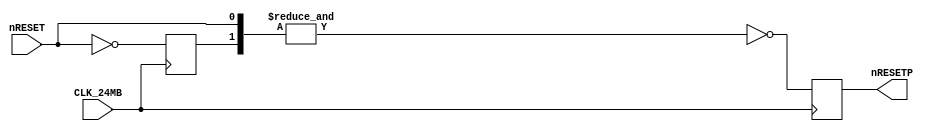
//============================================================================
//  SNK NeoGeo for MiSTer
//
//  Copyright (C) 2019 Sean 'Furrtek' Gonsalves
//
//  This program is free software; you can redistribute it and/or modify it
//  under the terms of the GNU General Public License as published by the Free
//  Software Foundation; either version 2 of the License, or (at your option)
//  any later version.
//
//  This program is distributed in the hope that it will be useful, but WITHOUT
//  ANY WARRANTY; without even the implied warranty of MERCHANTABILITY or
//  FITNESS FOR A PARTICULAR PURPOSE.  See the GNU General Public License for
//  more details.
//
//  You should have received a copy of the GNU General Public License along
//  with this program; if not, write to the Free Software Foundation, Inc.,
//  51 Franklin Street, Fifth Floor, Boston, MA 02110-1301 USA.
//============================================================================

module resetp(
	input CLK_24MB,
	input nRESET,
	output reg nRESETP
);

	reg O49_nQ;

	// 24MB    ""__""__""__""__""__
	// nRESET  ____________""""""""
	// nRESETP """"""""""""""____""

	always @(posedge CLK_24MB)
	begin
		O49_nQ <= ~nRESET;
		nRESETP <= ~&{O49_nQ, nRESET};
	end
	
endmodule